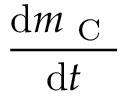
\frac { \mathrm { d } m _ { \mathrm { ~ C ~ } } } { \mathrm { d } t }